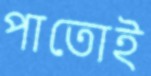
পাতোই